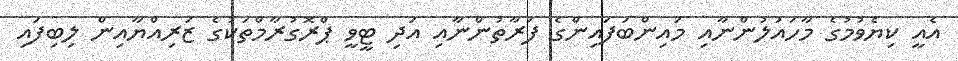
އެއީ ކިޔެވުމުގެ މާހައުލުންނާއި މައިންބަފައިންގެ ފަރާތުންނާއި އަދި ޓީވީ ޕްރޮގުރާމްތަކުގެ ޒަރިއްޔާއިން ލިބިފައި